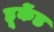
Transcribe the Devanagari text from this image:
हूकेंड